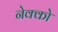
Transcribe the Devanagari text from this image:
नेक्को